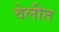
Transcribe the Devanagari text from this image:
वेलीत